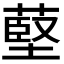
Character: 𦸃